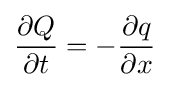
{\frac {\partial Q}{\partial t}}=-{\frac {\partial q}{\partial x}}